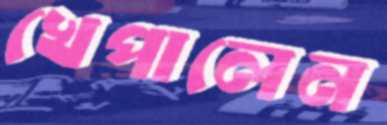
খেপালেন